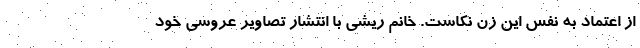
از اعتماد به نفس این زن نکاست. خانم ریشی با انتشار تصاویر عروسی خود